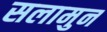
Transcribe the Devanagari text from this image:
सलामुन